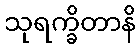
သုရက္ခိတာနိ